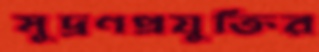
মুদ্রণপ্রযুক্তির